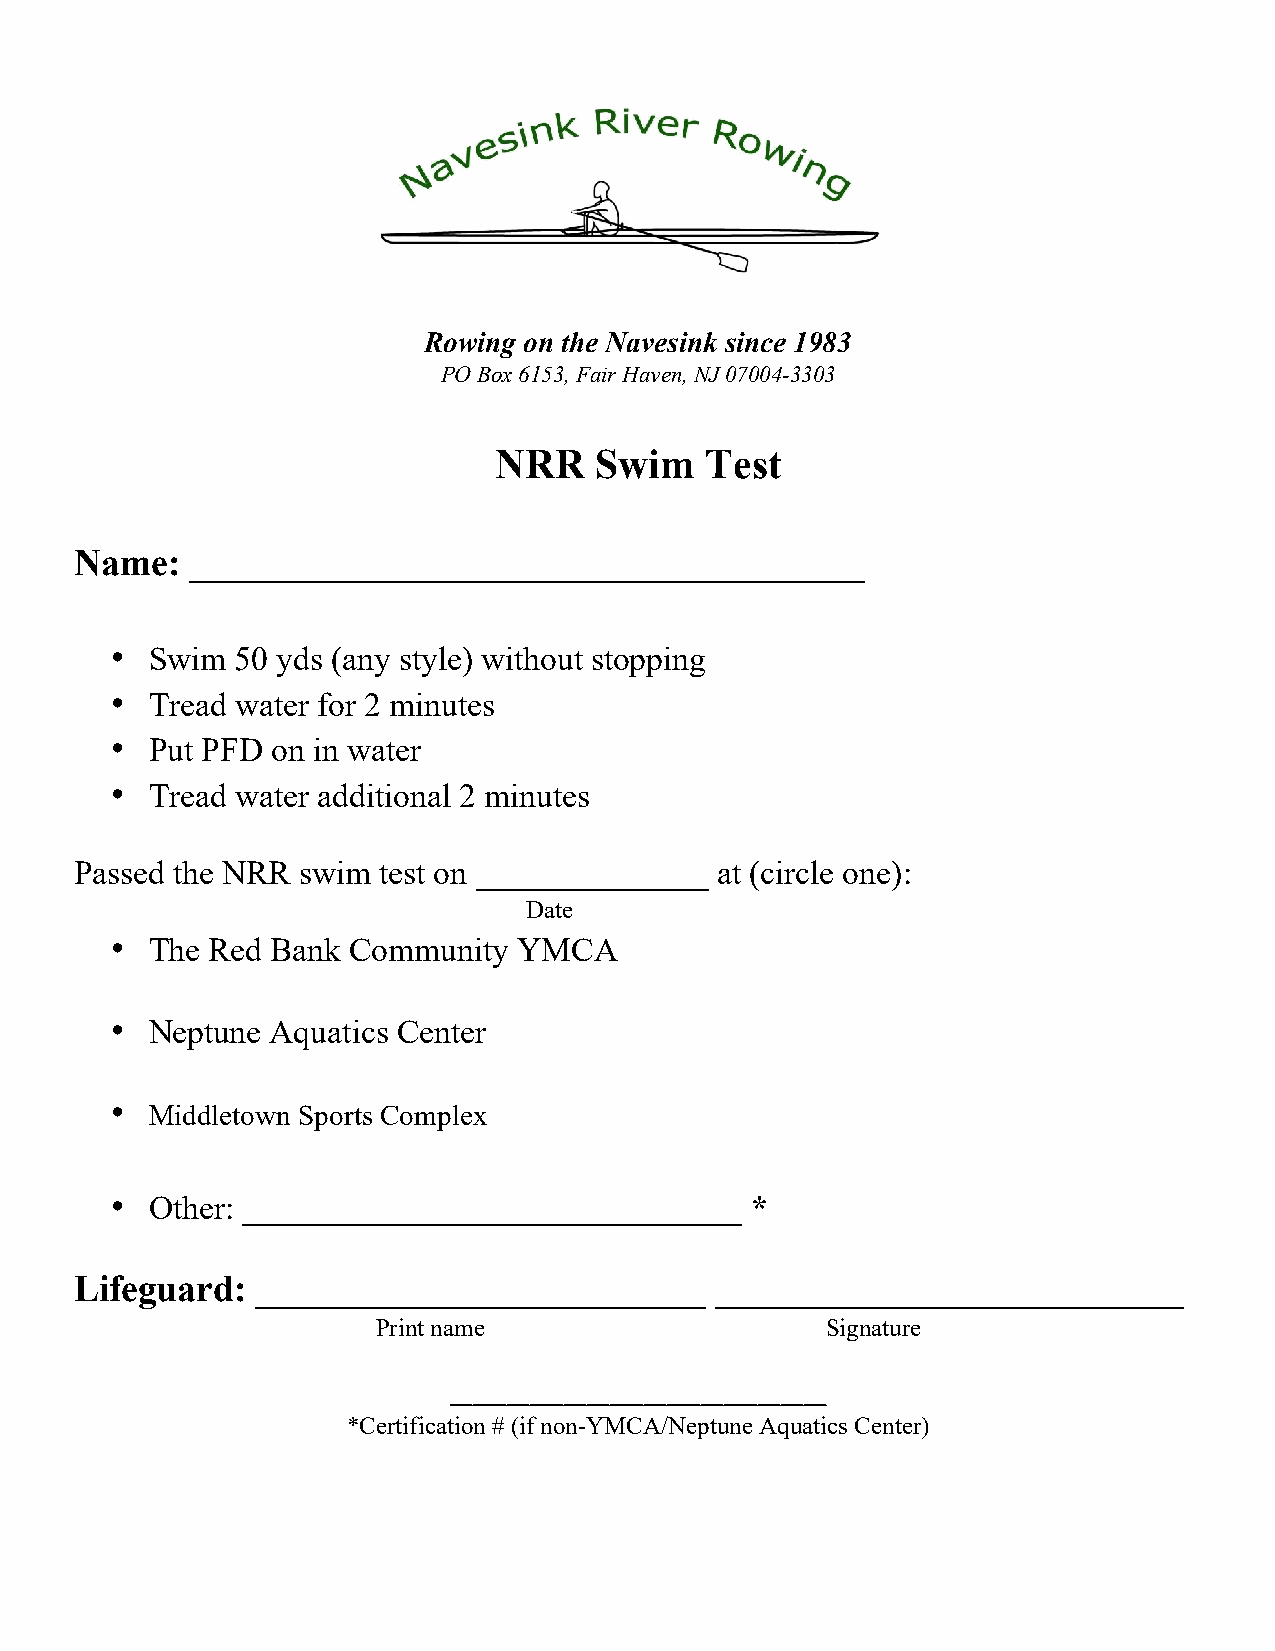
Rowing on the Navesink since 1983
 PO Box 6153, Fair Haven, NJ 07004-3303
 NRR   Swim    Test
 Name:   ____________________________________
 •  Swim  50 yds (any style) without stopping
 •  Tread water for 2 minutes
 •  Put PFD on in water
 •  Tread water additional 2 minutes
 Passed the NRR swim test on ______________ at (circle one):
 Date
 •  The Red Bank Community  YMCA
 •  Neptune Aquatics Center
 •
 Middletown Sports Complex
 •  Other: ______________________________   *
 Lifeguard:  ________________________      _________________________
 Print name                    Signature
 _________________________________
 *Certification # (if non-YMCA/Neptune Aquatics Center)